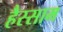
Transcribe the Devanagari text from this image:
हैस्साम